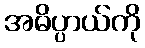
အဓိပ္ပာယ်ကို